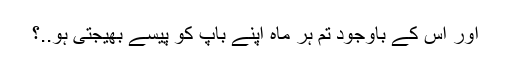
اور اس کے باوجود تم ہر ماہ اپنے باپ کو پیسے بھیجتی ہو..؟